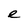
Character: e